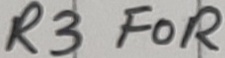
Text: R3 FOR